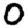
Digit: 0